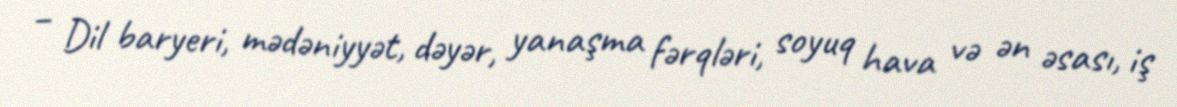
– Dil baryeri, mədəniyyət, dəyər, yanaşma fərqləri, soyuq hava və ən əsası, iş